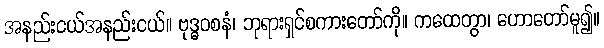
အနည်းငယ်အနည်းငယ်။ ဗုဒ္ဓဝစနံ၊ ဘုရားရှင်စကားတော်ကို။ ကထေတွာ၊ ဟောတော်မူ၍။